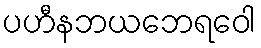
ပဟီနဘယဘေရဝေါ